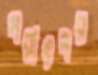
পরাৎপর